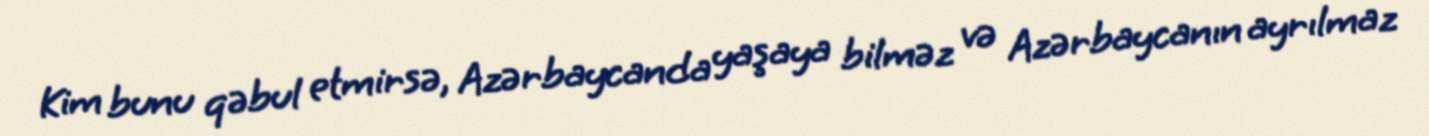
Kim bunu qəbul etmirsə, Azərbaycanda yaşaya bilməz və Azərbaycanın ayrılmaz